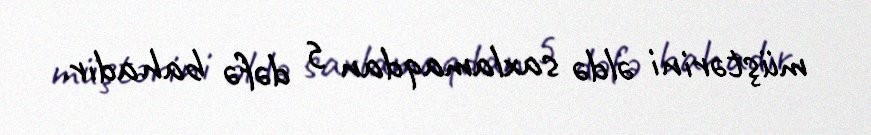
müştərini əldə saxlamaqdan 5 dəfə bahadır.